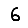
Digit: 6